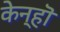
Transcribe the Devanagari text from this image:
केन्हॊ